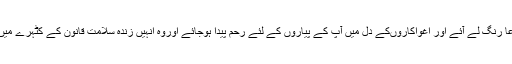
شاید آپ کی دعا رنگ لے آئے اور اغواکاروںکے دل میں آپ کے پیاروں کے لئے رحم پیدا ہوجائے اوروہ انہیں زندہ سلامت قانون کے کٹہرے میں کھڑا کر دیں۔